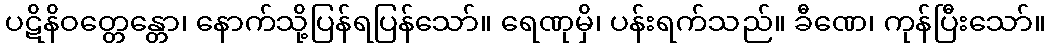
ပဋိနိဝတ္တေန္တော၊ နောက်သို့ပြန်ရပြန်သော်။ ရေဏုမှိ၊ ပန်းရက်သည်။ ခီဏေ၊ ကုန်ပြီးသော်။